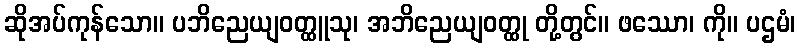
ဆိုအပ်ကုန်သော။ ပဘိညေယျဝတ္ထူသု၊ အဘိညေယျဝတ္ထု တို့တွင်။ ဖဿော၊ ကို။ ပဌမံ၊